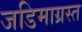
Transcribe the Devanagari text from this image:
जडिमाग्रस्त